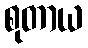
စုတာယ